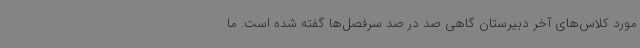
مورد کلاس‌های آخر دبیرستان گاهی صد در صد سرفصل‌ها گفته شده است. ما